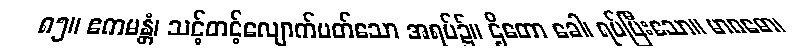
၈၅။ ဧကမန္တံ၊ သင့်တင့်လျောက်ပတ်သော အရပ်၌။ ဌိတော ခေါ၊ ရပ်ပြီးသော။ မာဂဓော၊